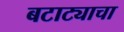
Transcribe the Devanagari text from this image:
बटाट्याचा